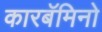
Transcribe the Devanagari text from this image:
कारबॅमिनो